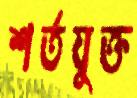
শর্তযুক্ত